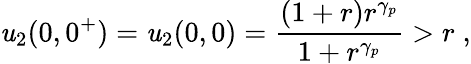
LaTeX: \mathit{u}_{2}(0,0^{+})=\mathit{u}_{2}(0,0)=\frac{{(1+r)r^{\gamma_{p}}}}{{1+r^{\gamma_{p}}}}>r\; ,